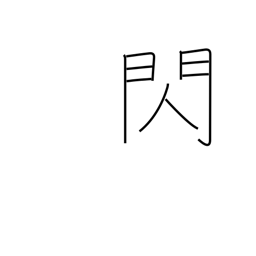
Meaning: flash